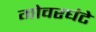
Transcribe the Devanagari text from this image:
गोवरघंटे